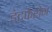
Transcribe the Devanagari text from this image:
इंटर्फेरोन